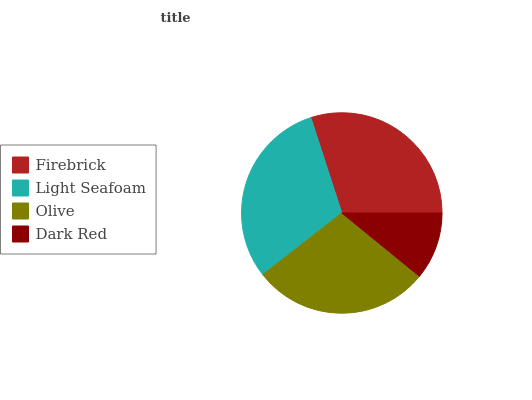
| Firebrick | Light Seafoam | Olive | Dark Red |
 | --- | --- | --- | --- |
 | 29.9% | 30.6% | 28.6% | 10.9% |